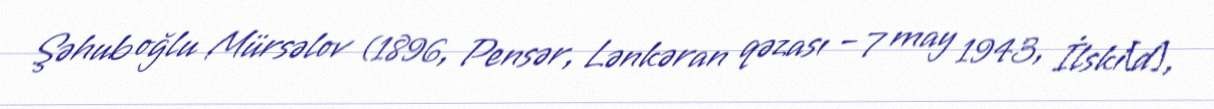
Şəhub oğlu Mürsəlov (1896, Pensər, Lənkəran qəzası – 7 may 1943, İlski[d],